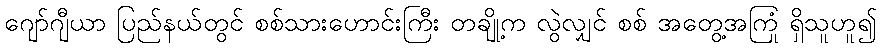
ဂျော်ဂျီယာ ပြည်နယ်တွင် စစ်သားဟောင်းကြီး တချို့က လွဲလျှင် စစ် အတွေ့အကြုံ ရှိသူဟူ၍